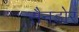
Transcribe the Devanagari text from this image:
सैनडोर